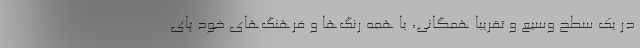
در یک سطح وسیع و تقریباً همگانی، با همه رنگ‌ها و فرهنگ‌های خود پای